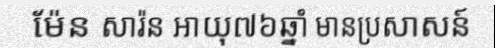
ម៉ែន សារ៉ន អាយុ៧៦ឆ្នាំ មានប្រសាសន៍